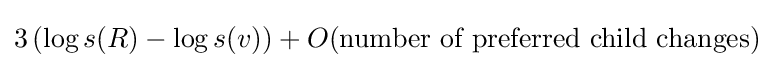
3\left(\log {s(R)}-\log {s(v)}\right)+O({\text{number of preferred child changes}})